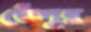
ভেঁপুর